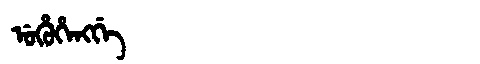
Manchu: ᡠᡥᡠᡥᡝᠩᡤᡝ
Romanization: UHUHENGGE